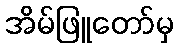
အိမ်ဖြူတော်မှ